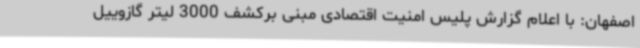
اصفهان: با اعلام گزارش پلیس امنیت اقتصادی مبنی برکشف 3000 لیتر گازوییل